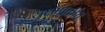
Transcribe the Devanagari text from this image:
यक्ष्माक्रांत